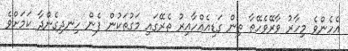
އެހެންވެ މިހާރު ވާރޭވެހޭތާ ތިން ގަޑިއެއްހާއިރު ތެރޭގައި މަގުތަކުން ފެން ހިނދިގެންދާ ކަމަށްވެ